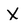
Character: x